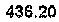
436.20